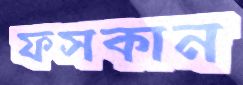
ফসকান